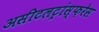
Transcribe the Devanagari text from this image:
असीटलट्रांस्फ़रेस